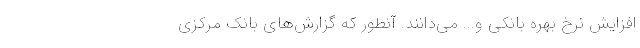
افزایش نرخ بهره بانکی و... می‌دانند. آنطور که گزارش‌های بانک مرکزی